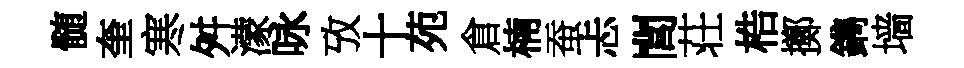
髄奎寒舛濛咏攷十苑倉楠蚕忐閭荘梏擲鐫墙